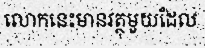
លោកនេះមានវត្ថុមួយដែល